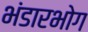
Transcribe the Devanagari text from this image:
भंडारभोग